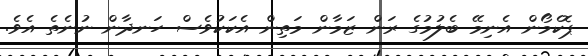
ޕޮކެމޯން އެނިމޭ ބެލުމުގެ ރަން ޒަމާން މަތިން އެކަކުވެސް ހަނދާން ނުނެތެ އެވެ.